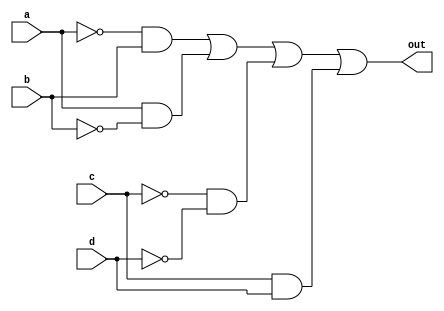
module top_module (
    input wire a,
    input wire b,
    input wire c,
    input wire d,
    output wire out
);
    // SOP Expression: a'b + ab' + c'd' + cd
    assign out = (~a & b) | (a & ~b) | (~c & ~d) | (c & d);
endmodule